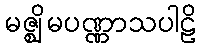
မဇ္ဈိမပဏ္ဏာသပါဠိ